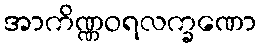
အာကိဏ္ဏဝရလက္ခဏော